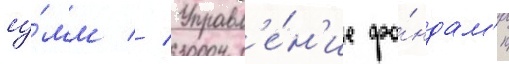
су́мм // Управл'е́н'ие фо́ндам'и